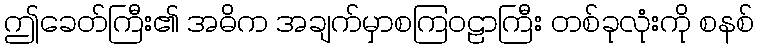
ဤခေတ်ကြီး၏ အဓိက အချက်မှာစကြဝဠာကြီး တစ်ခုလုံးကို စနစ်